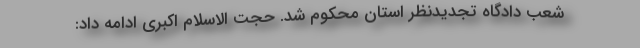
شعب دادگاه تجدیدنظر استان محکوم شد. حجت الاسلام اکبری ادامه داد: